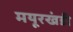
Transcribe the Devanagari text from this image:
मयूरखंडी